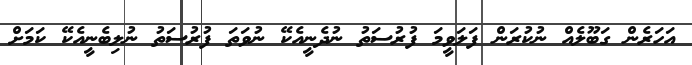
އަހަރެން ގަބޫލެއް ނުކުރަން ފަލަވީމަ ފުރުސަތު ނުދެނީއެކޭ ނުވަތަ ފުރުސަތު ނުލިބެނީއެކޭ ކަމަށް